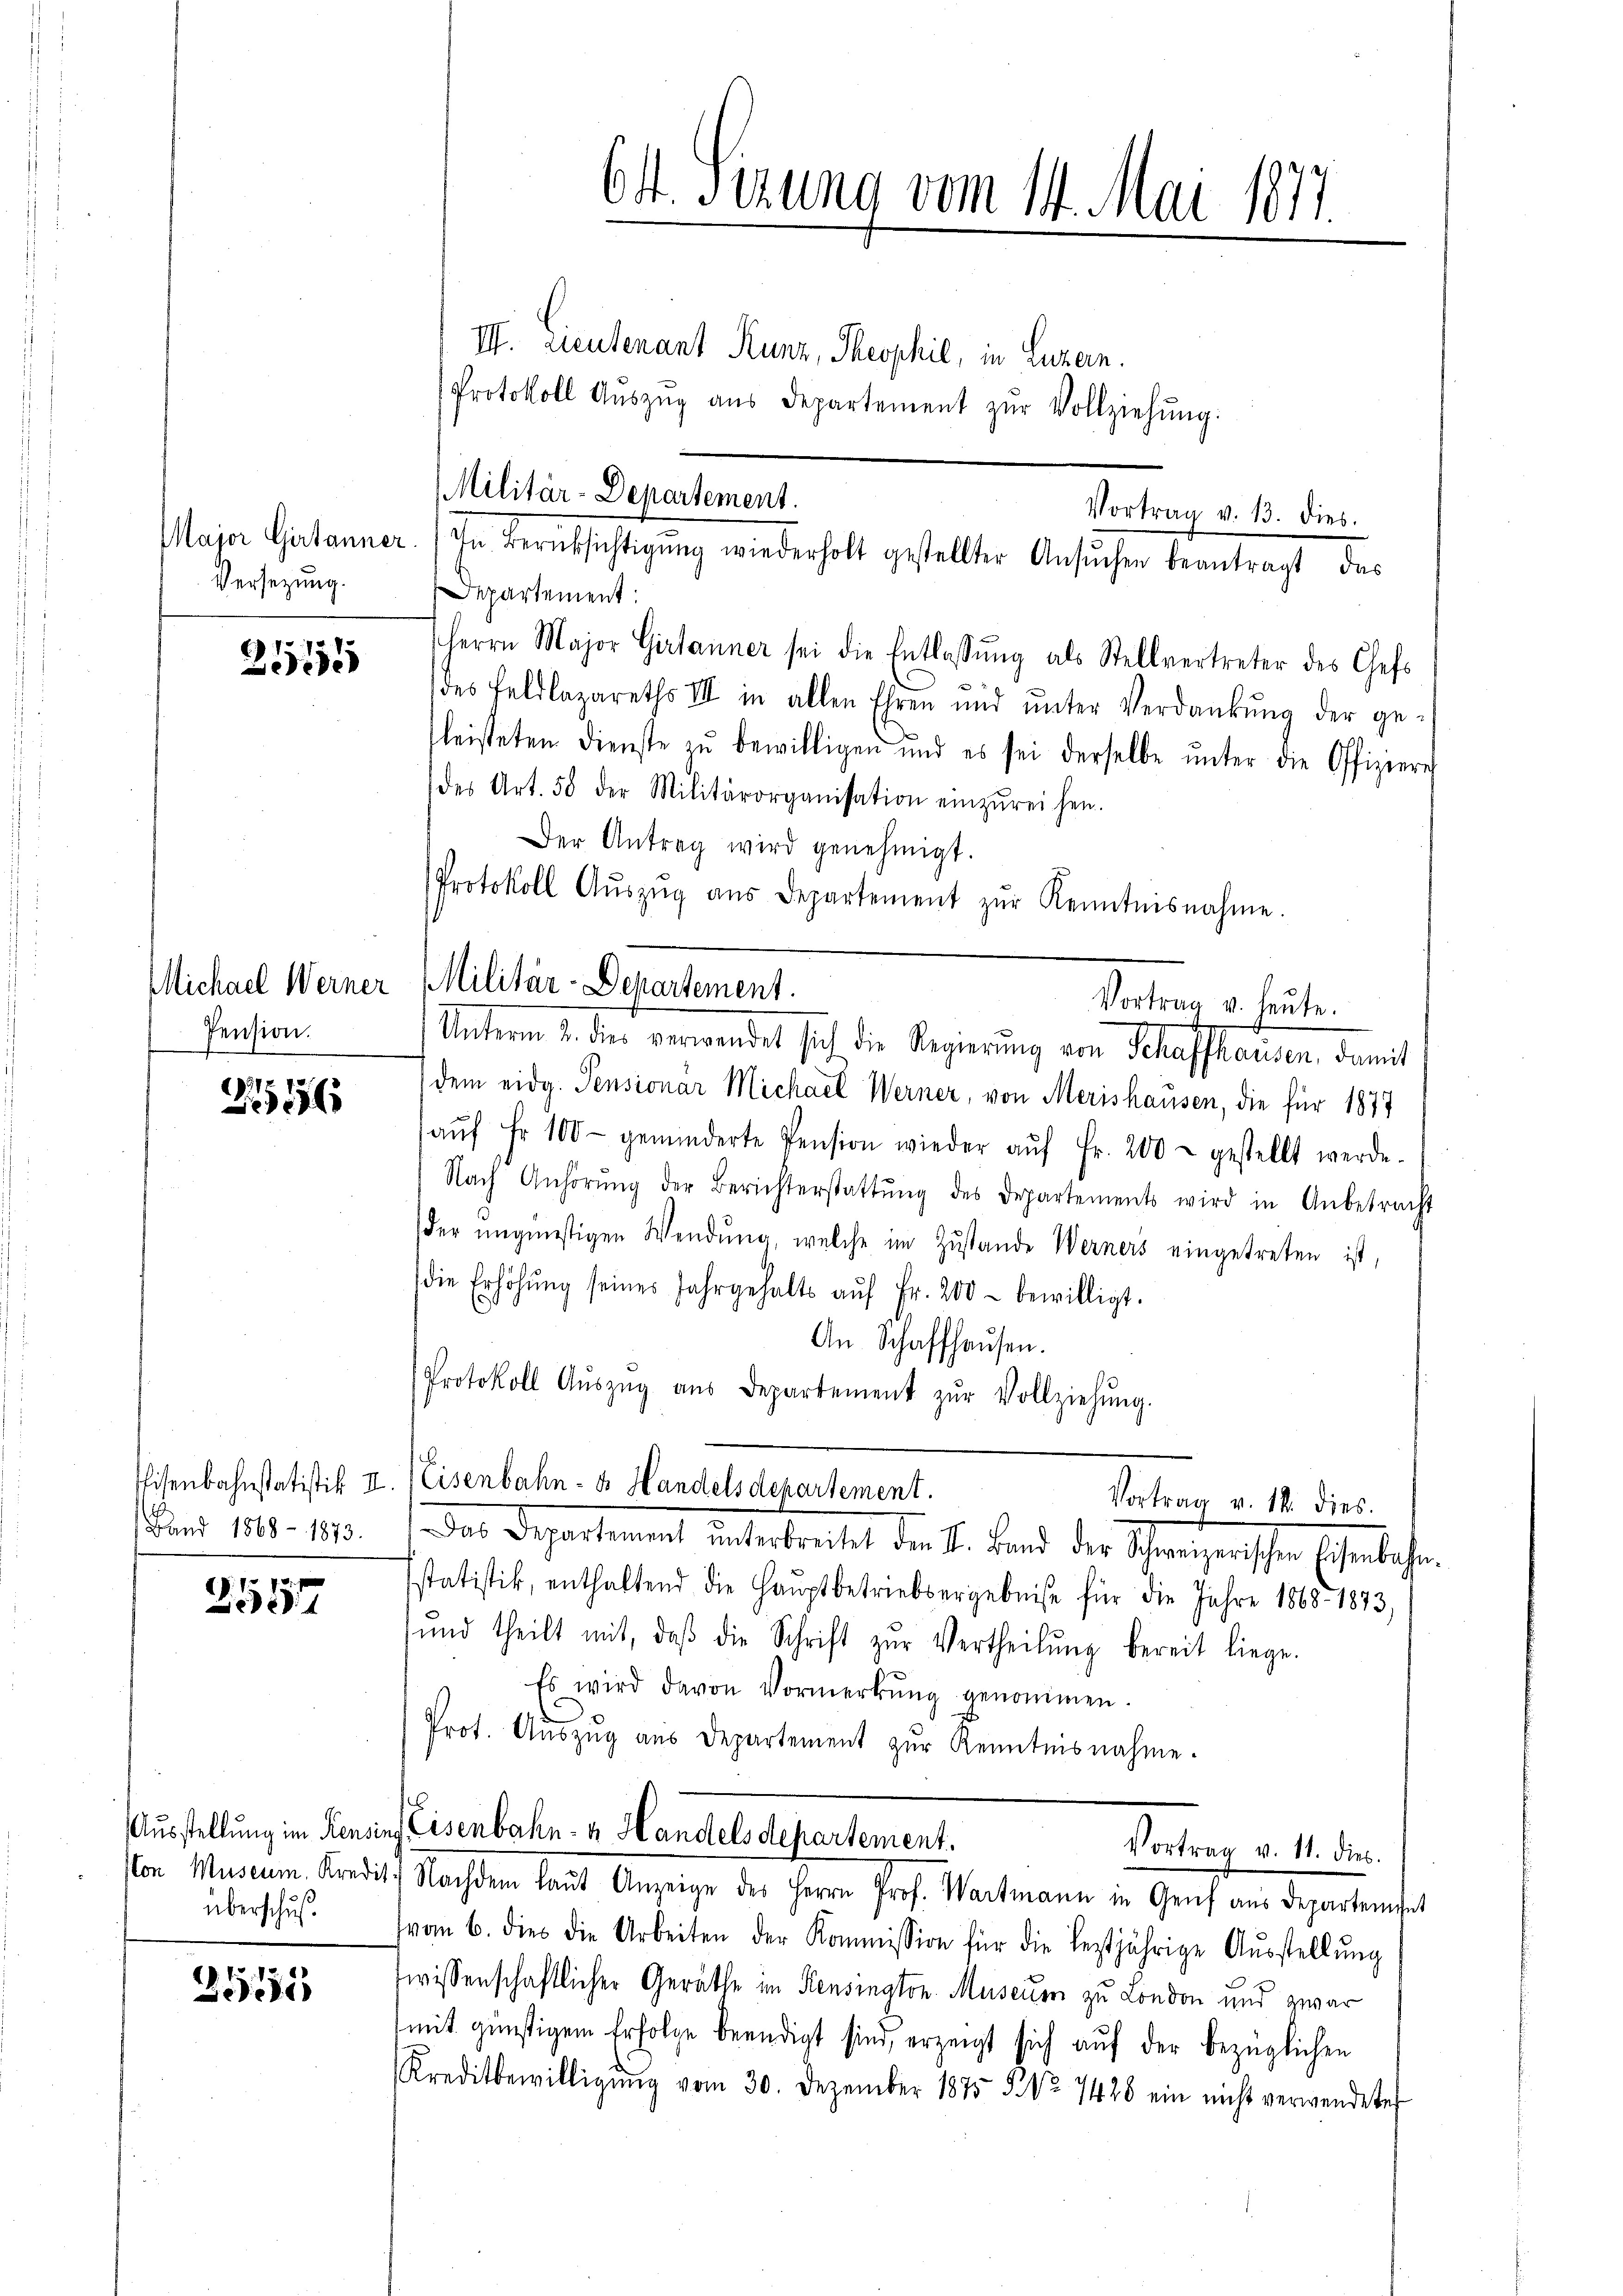
Major Girtanner.
Versetzung.

255

Pension.

G17 1
x

Band 1868 - 1873.

2557

Ausstellung im Pensin
Von Museum. Kredit.
überschuß.

3555

64. Serung vom 14. Mai 1877

III. Lieutenant Kunz, Theophie, in Luzern.
Protokoll Aŭszŭg aŭs Departement zŭr Vollziehŭng:

Militär-Departement.
In Berüksichtigŭng wiederholt gestellter Ansŭchen beantragt, das

Michael Werner Militär-Departement.

Vortrag v. 13. dies.
Departement:
Herrn Major Girtanner sei die Entlassŭng als Stellvertreter des Chefs
des Feldlazareths III in allen Ehren und ŭnter Verdankŭng der ge-
fleisteten Dienste zŭ bewilligen und es sei derselbe ŭnter die Offiziere
des Art. 58 der Militärorganisation einzŭreihen.
Der Antrag wird genehmigt.
Protokoll Aŭszŭg aŭs Departement zŭr Kenntnisnahme.

Unterm 2. dies verwendet sich die Regierung von Schaffhausen, damit
dem eidg. Pensionar Michael Werner, von Merishausen, die für 1877
aŭf Fr. 100 - geminderte Pension wieder aŭf Fr. 200 - gestellt werde.
Nach Anhörŭng der Berichterstattŭng des Departements wird in Anbetracht
der ŭngünstigen Wendung, welche im Zustande Werners eingetreten ist,
die Erhöhŭng seines Jahrgehalts aŭf Fr. 200 - bewilligt.
An Schaffhausen.
Protokoll Aŭszŭg aŭs Departement zŭr Vollziehŭng.
Eisenbahnstatistik II. Eisenbahn- & Handelsdepartement.
Das Departement ŭnterbreitet den I. Band der Schweizerischen Eisenbahn
sstatistik, enthaltend die Hauptbetriebsergebniße für die Jahre 1868. 1873,
und theilt mit, daβ die Schrift zŭr Vertheilŭng bereit liege.
Es wird davon Vormerkŭng genommen.
Prot. Aŭszŭg aŭs Departement zŭr Kenntnisnahme.
Eisenbahn- u Handels Departement.
Vortrag v. 11. dies
Nachdem laŭt Anzeige des Herrn Prof. Wartmann in Genf aus Departenget
vom 6. dies die Arbeiten der Kommission für die leztjährige Aŭsstellŭng
wissenschaftlicher Geräthe im Kensington Museum zu London und zwar
mit günstigem Erfolge beendigt sind, erzeigt sich auf der bezüglichen
Kreditbewilligŭng vom 30. Dezember 1875. 5. No 7426 ein nicht verwendete

Vortrag u. heute.

Vortrag v. 14. dies